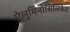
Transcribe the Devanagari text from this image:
ऐलुमिनोसिलिकेट